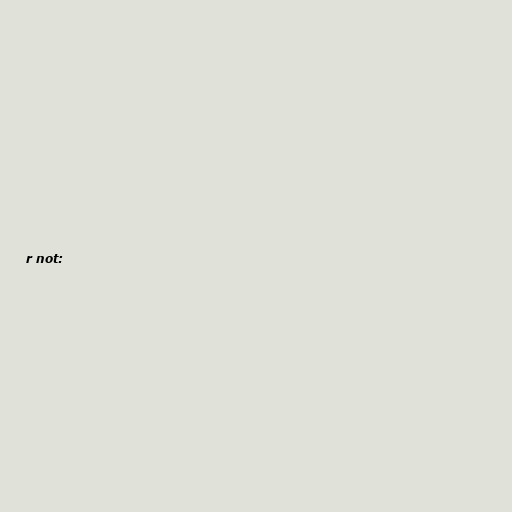
r not: